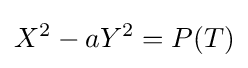
X^{2}-aY^{2}=P(T)